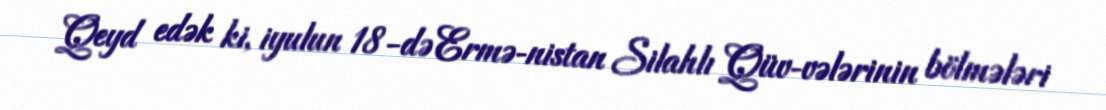
Qeyd edək ki, iyulun 18-də Ermə­nistan Silahlı Qüv­vələrinin bölmələri